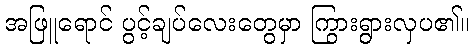
အဖြူရောင် ပွင့်ချပ်လေးတွေမှာ ကြွားရွားလှပ၏။